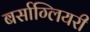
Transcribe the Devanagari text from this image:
बर्साग्लियरी